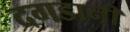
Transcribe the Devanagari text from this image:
दगडानी